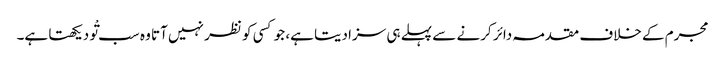
مجرم کے خلاف مقدمہ دائر کرنے سے پہلے ہی سزا دیتا ہے، جو کسی کو نظر نہیں آتا وہ سب تْو دیکھتا ہے۔